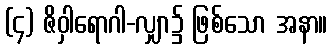
(၄) ဇိဝှါရောဂါ-လျှာ၌ ဖြစ်သော အနာ။